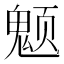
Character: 𱆚